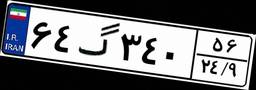
۵۸گ۲۱۶۴۱